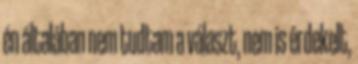
én általában nem tudtam a választ, nem is érdekelt,